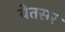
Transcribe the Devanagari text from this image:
वेतसर